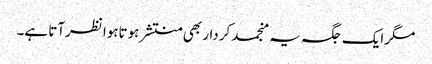
مگرایک جگہ یہ منجمد کردار بھی منتشر ہوتاہوا نظرآتا ہے۔